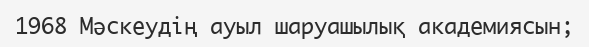
1968 Мәскеудің ауыл шаруашылық академиясын;